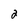
Character: 2